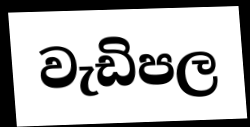
වැඩිපල